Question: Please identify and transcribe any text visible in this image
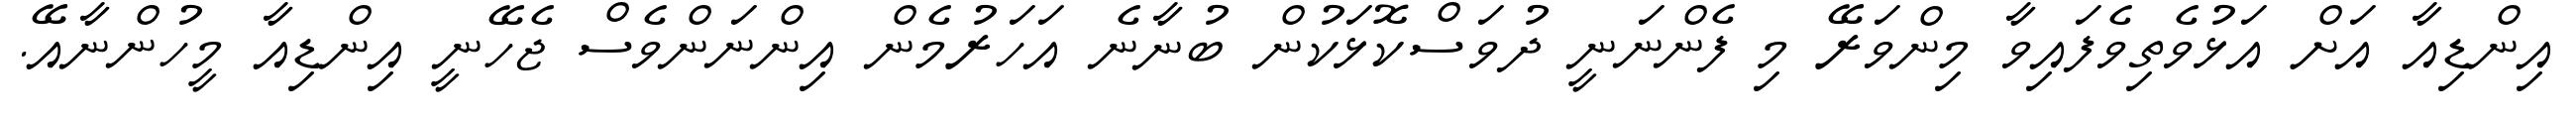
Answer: އިންޑިއާ އަށް އަޅުވެތިވެފައިވާ މިންވަރޭ މި ފެންނަނީ ދުވަސްކޮޅަކުން ބުނާނެ އަހަރުމެން އިންނަންވެސް ޖެހޭނީ އިންޑިއާ މީހުންނާއޭ.